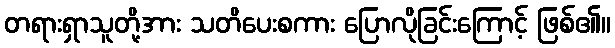
တရားရှာသူတို့အား သတိပေးစကား ပြောလိုခြင်းကြောင့် ဖြစ်၏။